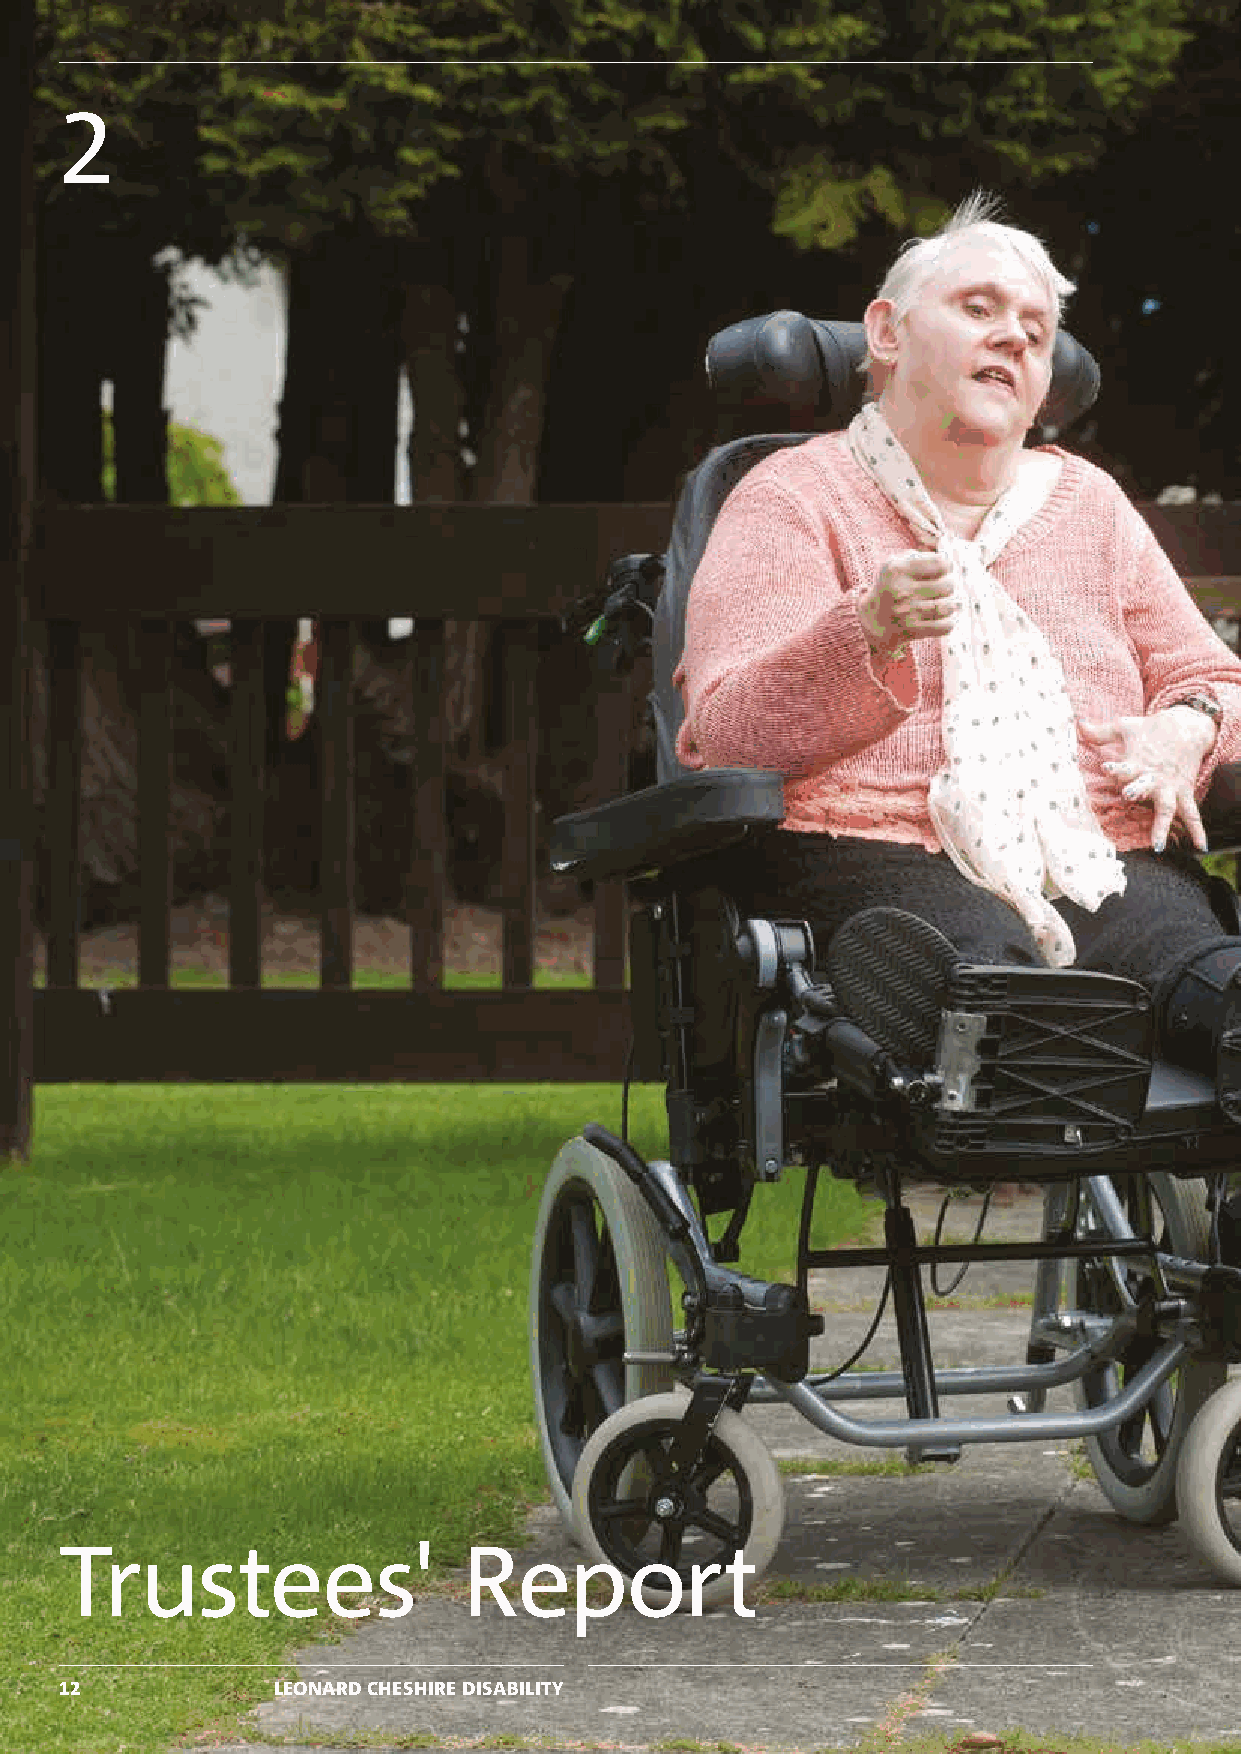
2
 Trustees'                  Report
 12            LEONARD CHESHIRE DISABILITY